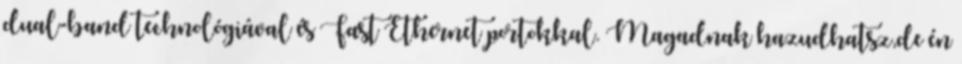
dual-band technológiával és Fast Ethernet portokkal. Magadnak hazudhatsz,de én